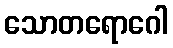
သောတရောဂေါ